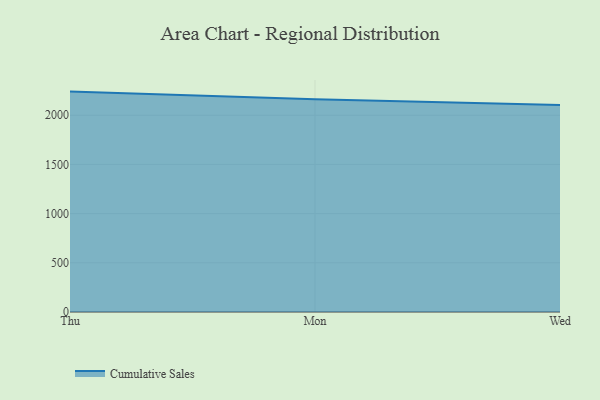
{"axis": {"x": "Day", "y": "Budget (USD K)"}, "legend": ["Cumulative Sales"], "data": [{"x": "Thu", "y": 2240.3, "type": "Cumulative Sales"}, {"x": "Mon", "y": 2162.4, "type": "Cumulative Sales"}, {"x": "Wed", "y": 2103.1, "type": "Cumulative Sales"}]}